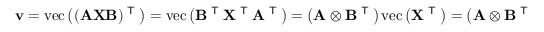
\mathbf { v } = \operatorname { v e c } \left( ( \mathbf { A X B } ) ^ { \textsf { T } } \right) = \operatorname { v e c } \left( \mathbf { B } ^ { \textsf { T } } \mathbf { X } ^ { \textsf { T } } \mathbf { A } ^ { \textsf { T } } \right) = \left( \mathbf { A } \otimes \mathbf { B } ^ { \textsf { T } } \right) \operatorname { v e c } \left( \mathbf { X ^ { \textsf { T } } } \right) = \left( \mathbf { A } \otimes \mathbf { B } ^ { \textsf { T } } \right) \mathbf { u } .